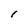
Character: I